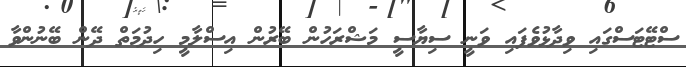
ސްޓޭޓަސްގައި ވިދާޅުވެފައި ވަނީ ސިޔާސީ މަޝްރަހުން ބޭރުން އިސްލާމީ ހިދުމަތް ދޭން ބޭނުންވާ